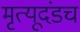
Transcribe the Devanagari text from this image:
मृत्यूदंडच